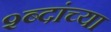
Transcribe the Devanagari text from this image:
श्ब्दांच्या